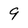
Character: 9